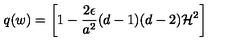
q ( w ) = \biggl [ 1 - \frac { 2 \epsilon } { a ^ { 2 } } ( d - 1 ) ( d - 2 ) { \cal H } ^ { 2 } \biggr ]